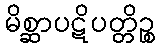
မိစ္ဆာပဋိပတ္တိဉ္စ